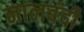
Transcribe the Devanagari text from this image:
नालबंदी